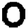
Digit: 0